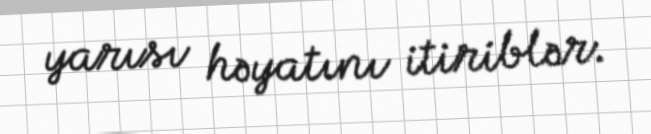
yarısı həyatını itiriblər.